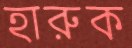
হারুক